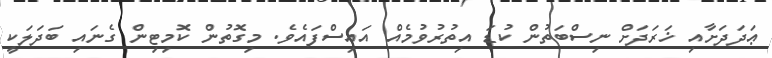
ޢަދަދަށާއި ޚަރަދަށް ނިސްބަތުން ކުޑަ އިތުރުވުމެއް އައިސްފައެވެ. މިގޮތުން ކޮމިޓިން ގެނައި ބަދަލަކީ